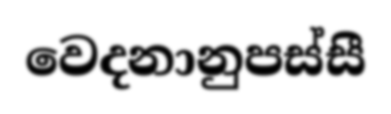
වෙදනානුපස්සී